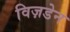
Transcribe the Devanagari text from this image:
विज़डेन